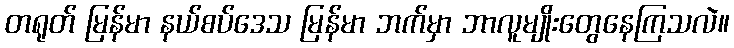
တရုတ် မြန်မာ နယ်စပ်ဒေသ မြန်မာ ဘက်မှာ ဘာလူမျိုးတွေနေကြသလဲ။